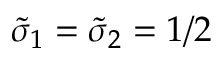
\tilde { \sigma } _ { 1 } = \tilde { \sigma } _ { 2 } = 1 / 2